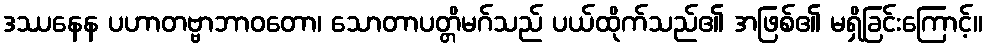
ဒဿနေန ပဟာတဗ္ဗာဘာဝတော၊ သောတာပတ္တိမဂ်သည် ပယ်ထိုက်သည်၏ အဖြစ်၏ မရှိခြင်းကြောင့်။